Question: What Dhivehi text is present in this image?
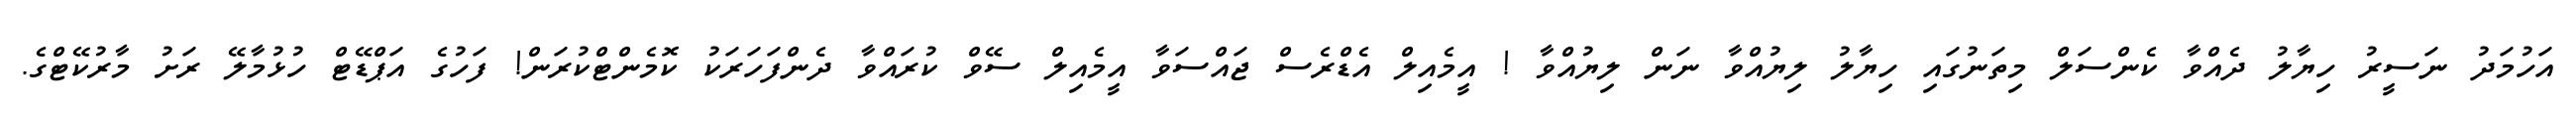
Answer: އަހުމަދު ނަސީރު ހިޔާލު ދެއްވާ ކެންސަލް މިތަނުގައި ހިޔާލު ލިޔުއްވާ ނަން ލިޔުއްވާ ! އީމެއިލް އެޑްރެސް ޖައްސަވާ އީމެއިލް ސޭވް ކުރައްވާ ދެންފަހަރަކު ކޮމެންޓްކުރަން! ފަހުގެ އަޕްޑޭޓް ހުޅުމާލޭ ރަށު މާރުކޭޓްގެ.